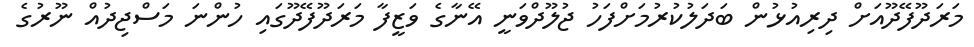
މަރަދޫފޭދޫއަށް ދިރިއުޅުން ބަދަލުކުރުމަށްފަހު ޖުލޫދްވަނީ އޭނާގެ ވަޒީފާ މަރަދޫފޭދޫގައި ހުންނަ މަސްޖިދުއް ނޫރުގެ